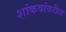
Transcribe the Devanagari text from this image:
शांकवांवरील